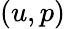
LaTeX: (u,p)